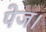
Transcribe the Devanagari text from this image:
पेज।